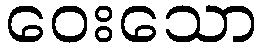
ဝေးသော